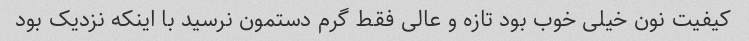
کیفیت نون خیلی خوب بود تازه و عالی فقط گرم دستمون نرسید با اینکه نزدیک بود